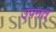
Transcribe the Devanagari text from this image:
उपनत